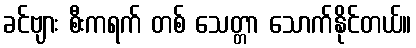
ခင်ဗျား စီးကရက် တစ် သေတ္တာ သောက်နိုင်တယ်။